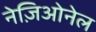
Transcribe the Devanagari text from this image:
नेज़िओनेल